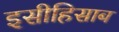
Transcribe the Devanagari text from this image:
इसीहिसाब